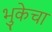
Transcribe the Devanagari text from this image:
भुकेचा